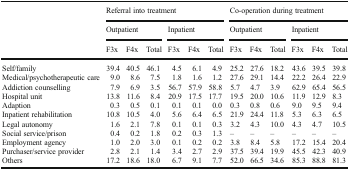
|  | <COLSPAN=6> Referral into treatment | <COLSPAN=6> Co-operation during treatment |
 |  | <COLSPAN=3> Outpatient | <COLSPAN=3> Inpatient | <COLSPAN=3> Outpatient | <COLSPAN=3> Inpatient |
 |  | F3x | F4x | Total | F3x | F4x | Total | F3x | F4x | Total | F3x | F4x | Total |
 | --- | --- | --- | --- | --- | --- | --- | --- | --- | --- | --- | --- | --- |
 | Self/family | 39.4 | 40.5 | 46.1 | 4.5 | 6.1 | 4.9 | 25.2 | 27.6 | 18.2 | 43.6 | 39.5 | 39.8 |
 | Medical/psychotherapeutic care | 9.0 | 8.6 | 7.5 | 1.8 | 1.6 | 1.2 | 27.6 | 29.1 | 14.4 | 22.2 | 26.4 | 22.9 |
 | Addiction counselling | 7.9 | 6.9 | 3.5 | 56.7 | 57.9 | 58.8 | 5.7 | 4.7 | 3.9 | 62.9 | 65.4 | 56.5 |
 | Hospital unit | 13.8 | 11.6 | 8.4 | 20.9 | 17.5 | 17.7 | 19.5 | 20.0 | 10.6 | 11.9 | 12.9 | 8.3 |
 | Adaption | 0.3 | 0.5 | 0.1 | 0.1 | 0.1 | 0.0 | 0.3 | 0.8 | 0.6 | 9.0 | 9.5 | 9.4 |
 | Inpatient rehabilitation | 10.8 | 10.5 | 4.0 | 5.6 | 6.4 | 6.5 | 21.9 | 24.4 | 11.8 | 5.3 | 6.3 | 6.5 |
 | Legal autonomy | 1.6 | 2.1 | 7.8 | 0.1 | 0.1 | 0.3 | 3.2 | 4.3 | 10.0 | 4.3 | 4.7 | 10.5 |
 | Social service/prison | 0.4 | 0.2 | 1.8 | 0.2 | 0.3 | 1.3 | – | – | – | – | – | – |
 | Employment agency | 1.0 | 2.0 | 3.0 | 0.1 | 0.2 | 0.2 | 3.8 | 8.4 | 5.8 | 17.2 | 15.4 | 20.4 |
 | Purchaser/service provider | 2.8 | 2.1 | 1.4 | 3.4 | 2.7 | 2.9 | 37.5 | 39.4 | 19.9 | 45.5 | 42.3 | 40.9 |
 | Others | 17.2 | 18.6 | 18.0 | 6.7 | 9.1 | 7.7 | 52.0 | 66.5 | 34.6 | 85.3 | 88.8 | 81.3 |